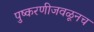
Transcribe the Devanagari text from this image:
पुष्करणीजवळूनच